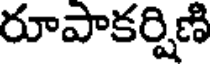
రూపాకర్షిణి